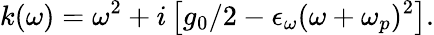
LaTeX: k(\omega)=\omega^{2}+i\left[g_{0}/2-\epsilon_{\omega}(\omega+\omega_{p})^{2}\right].